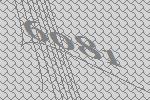
6081